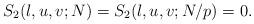
LaTeX: \begin{align*} S_2(l,u,v;N)=S_2(l,u,v;N/p)=0.\end{align*}